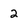
Character: 2